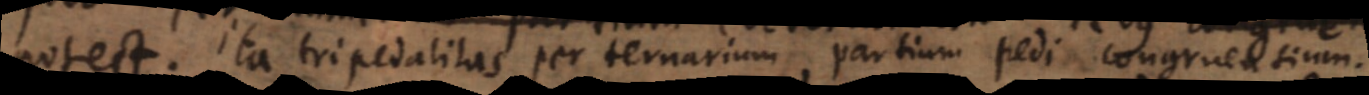
potest. Ita tripedalitas per ternarium partium pedi congruentium.